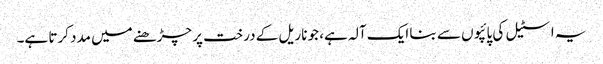
یہ اسٹیل کی پائپوں سے بنا ایک آلہ ہے، جو ناریل کے درخت پر چڑھنے میں مدد کرتا ہے۔